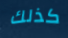
كذلك